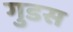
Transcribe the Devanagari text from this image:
गुडस